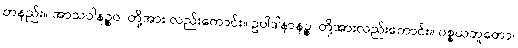
တနည်း။ အာသဝါနဉ္စဝ၊ တို့အား လည်းကောင်း။ ဥပါဒါနာနဉ္စ၊ တို့အားလည်းကောင်း။ ပစ္စယဘူတော၊